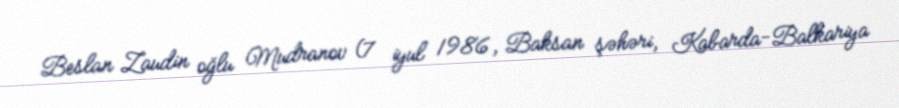
Beslan Zaudin oğlu Mudranov (7 iyul 1986, Baksan şəhəri, Kabarda-Balkariya